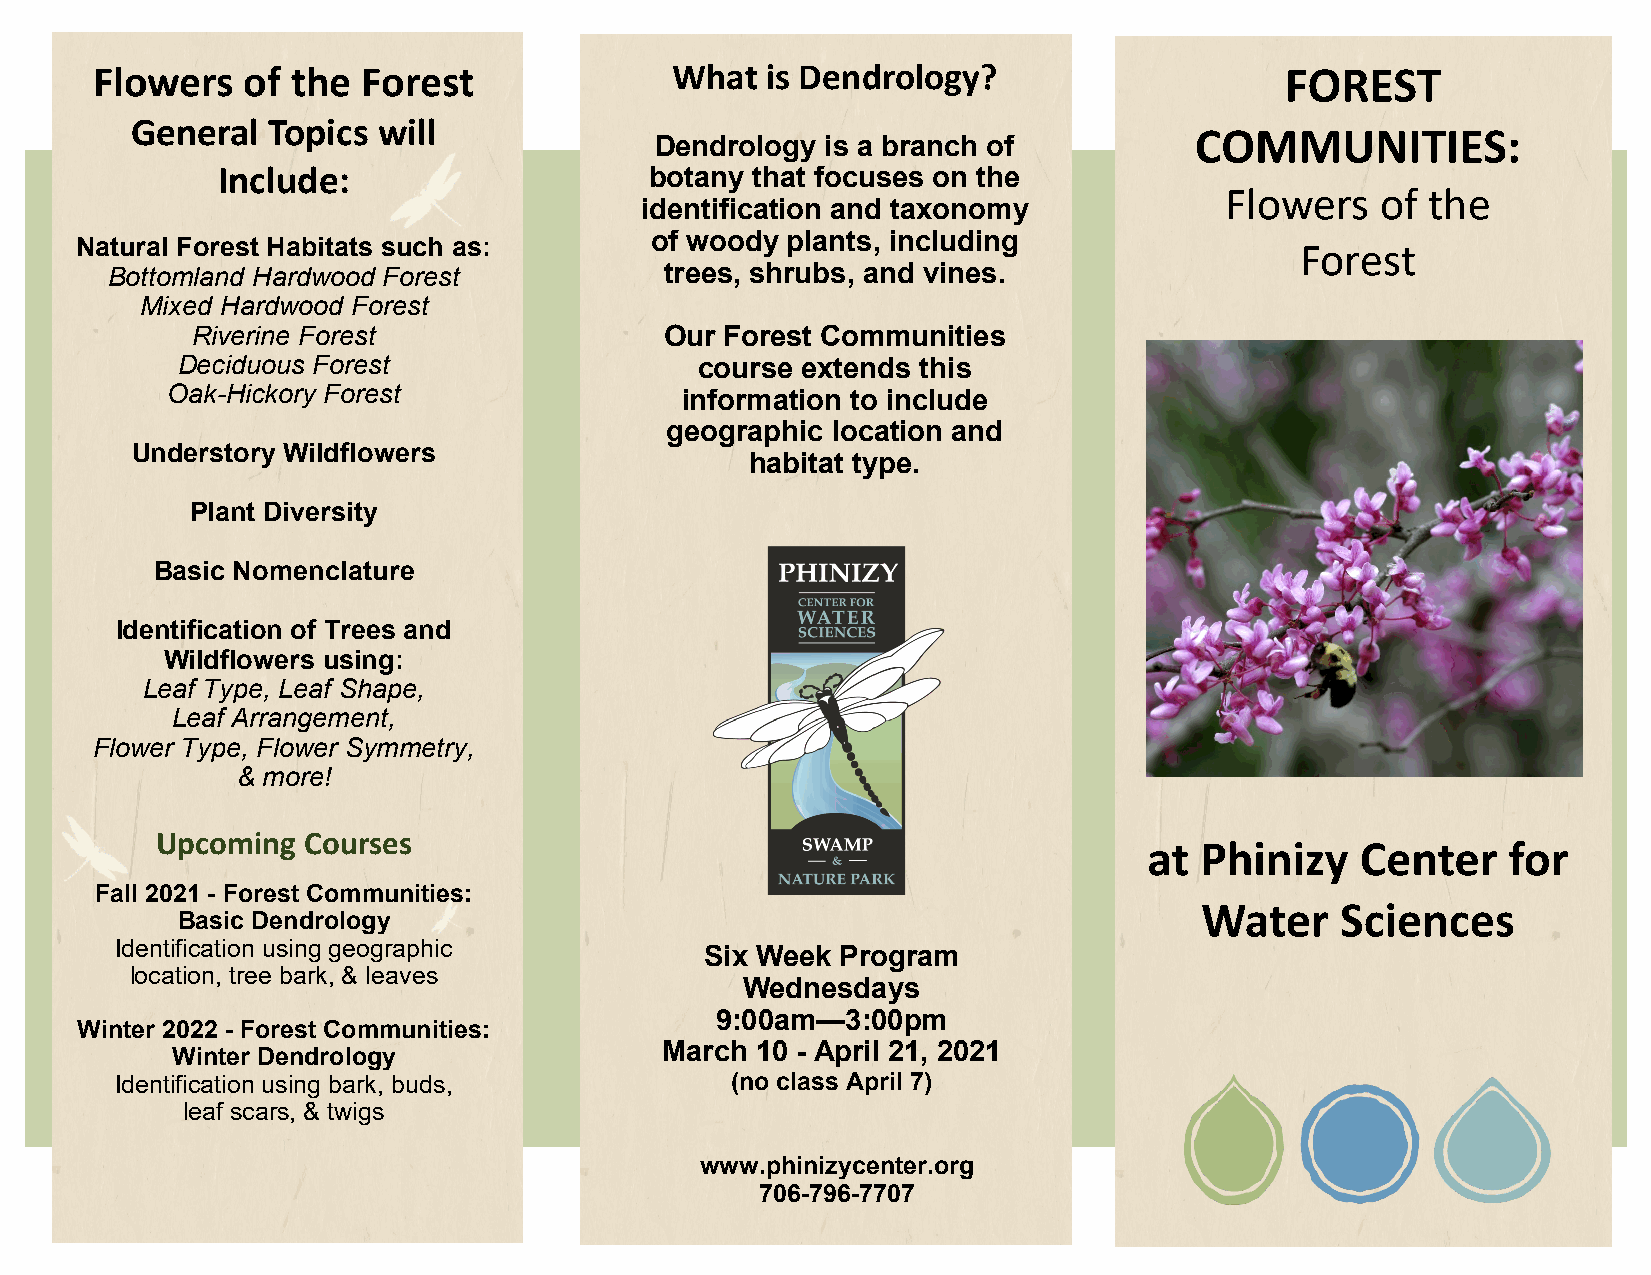
Flowers   of the  Forest              What   is Dendrology?                    FOREST
 General  Topics will
 Dendrology  is a branch of
 COMMUNITIES:
 Include:                     botany that focuses on the
 Flowers   of the
 identification and taxonomy
 of woody plants, including
 Natural Forest Habitats such as:                                                 Forest
 Bottomland Hardwood Forest           trees, shrubs, and vines.
 Mixed Hardwood Forest
 Riverine Forest                Our Forest Communities
 Deciduous Forest                  course extends this
 Oak-Hickory Forest                information to include
 geographic location and
 Understory Wildflowers
 habitat type.
 Plant Diversity
 Basic Nomenclature
 Identification of Trees and
 Wildflowers using:
 Leaf Type, Leaf Shape,
 Leaf Arrangement,
 Flower Type, Flower Symmetry,
 & more!
 Upcoming  Courses
 at Phinizy    Center    for
 Fall 2021 - Forest Communities:
 Water     Sciences
 Basic Dendrology
 Identification using geographic        Six Week Program
 location, tree bark, & leaves
 Wednesdays
 9:00am—3:00pm
 Winter 2022 - Forest Communities:
 March 10 - April 21, 2021
 Winter Dendrology
 Identification using bark, buds,        (no class April 7)
 leaf scars, & twigs
 www.phinizycenter.org
 706-796-7707